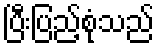
ပြီးပြည့်စုံသည်